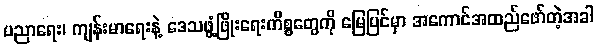
ပညာရေး၊ ကျန်းမာရေးနဲ့ ဒေသဖွံ့ဖြိုးရေးကိစ္စတွေကို မြေပြင်မှာ အကောင်အထည်ဖော်တဲ့အခါ